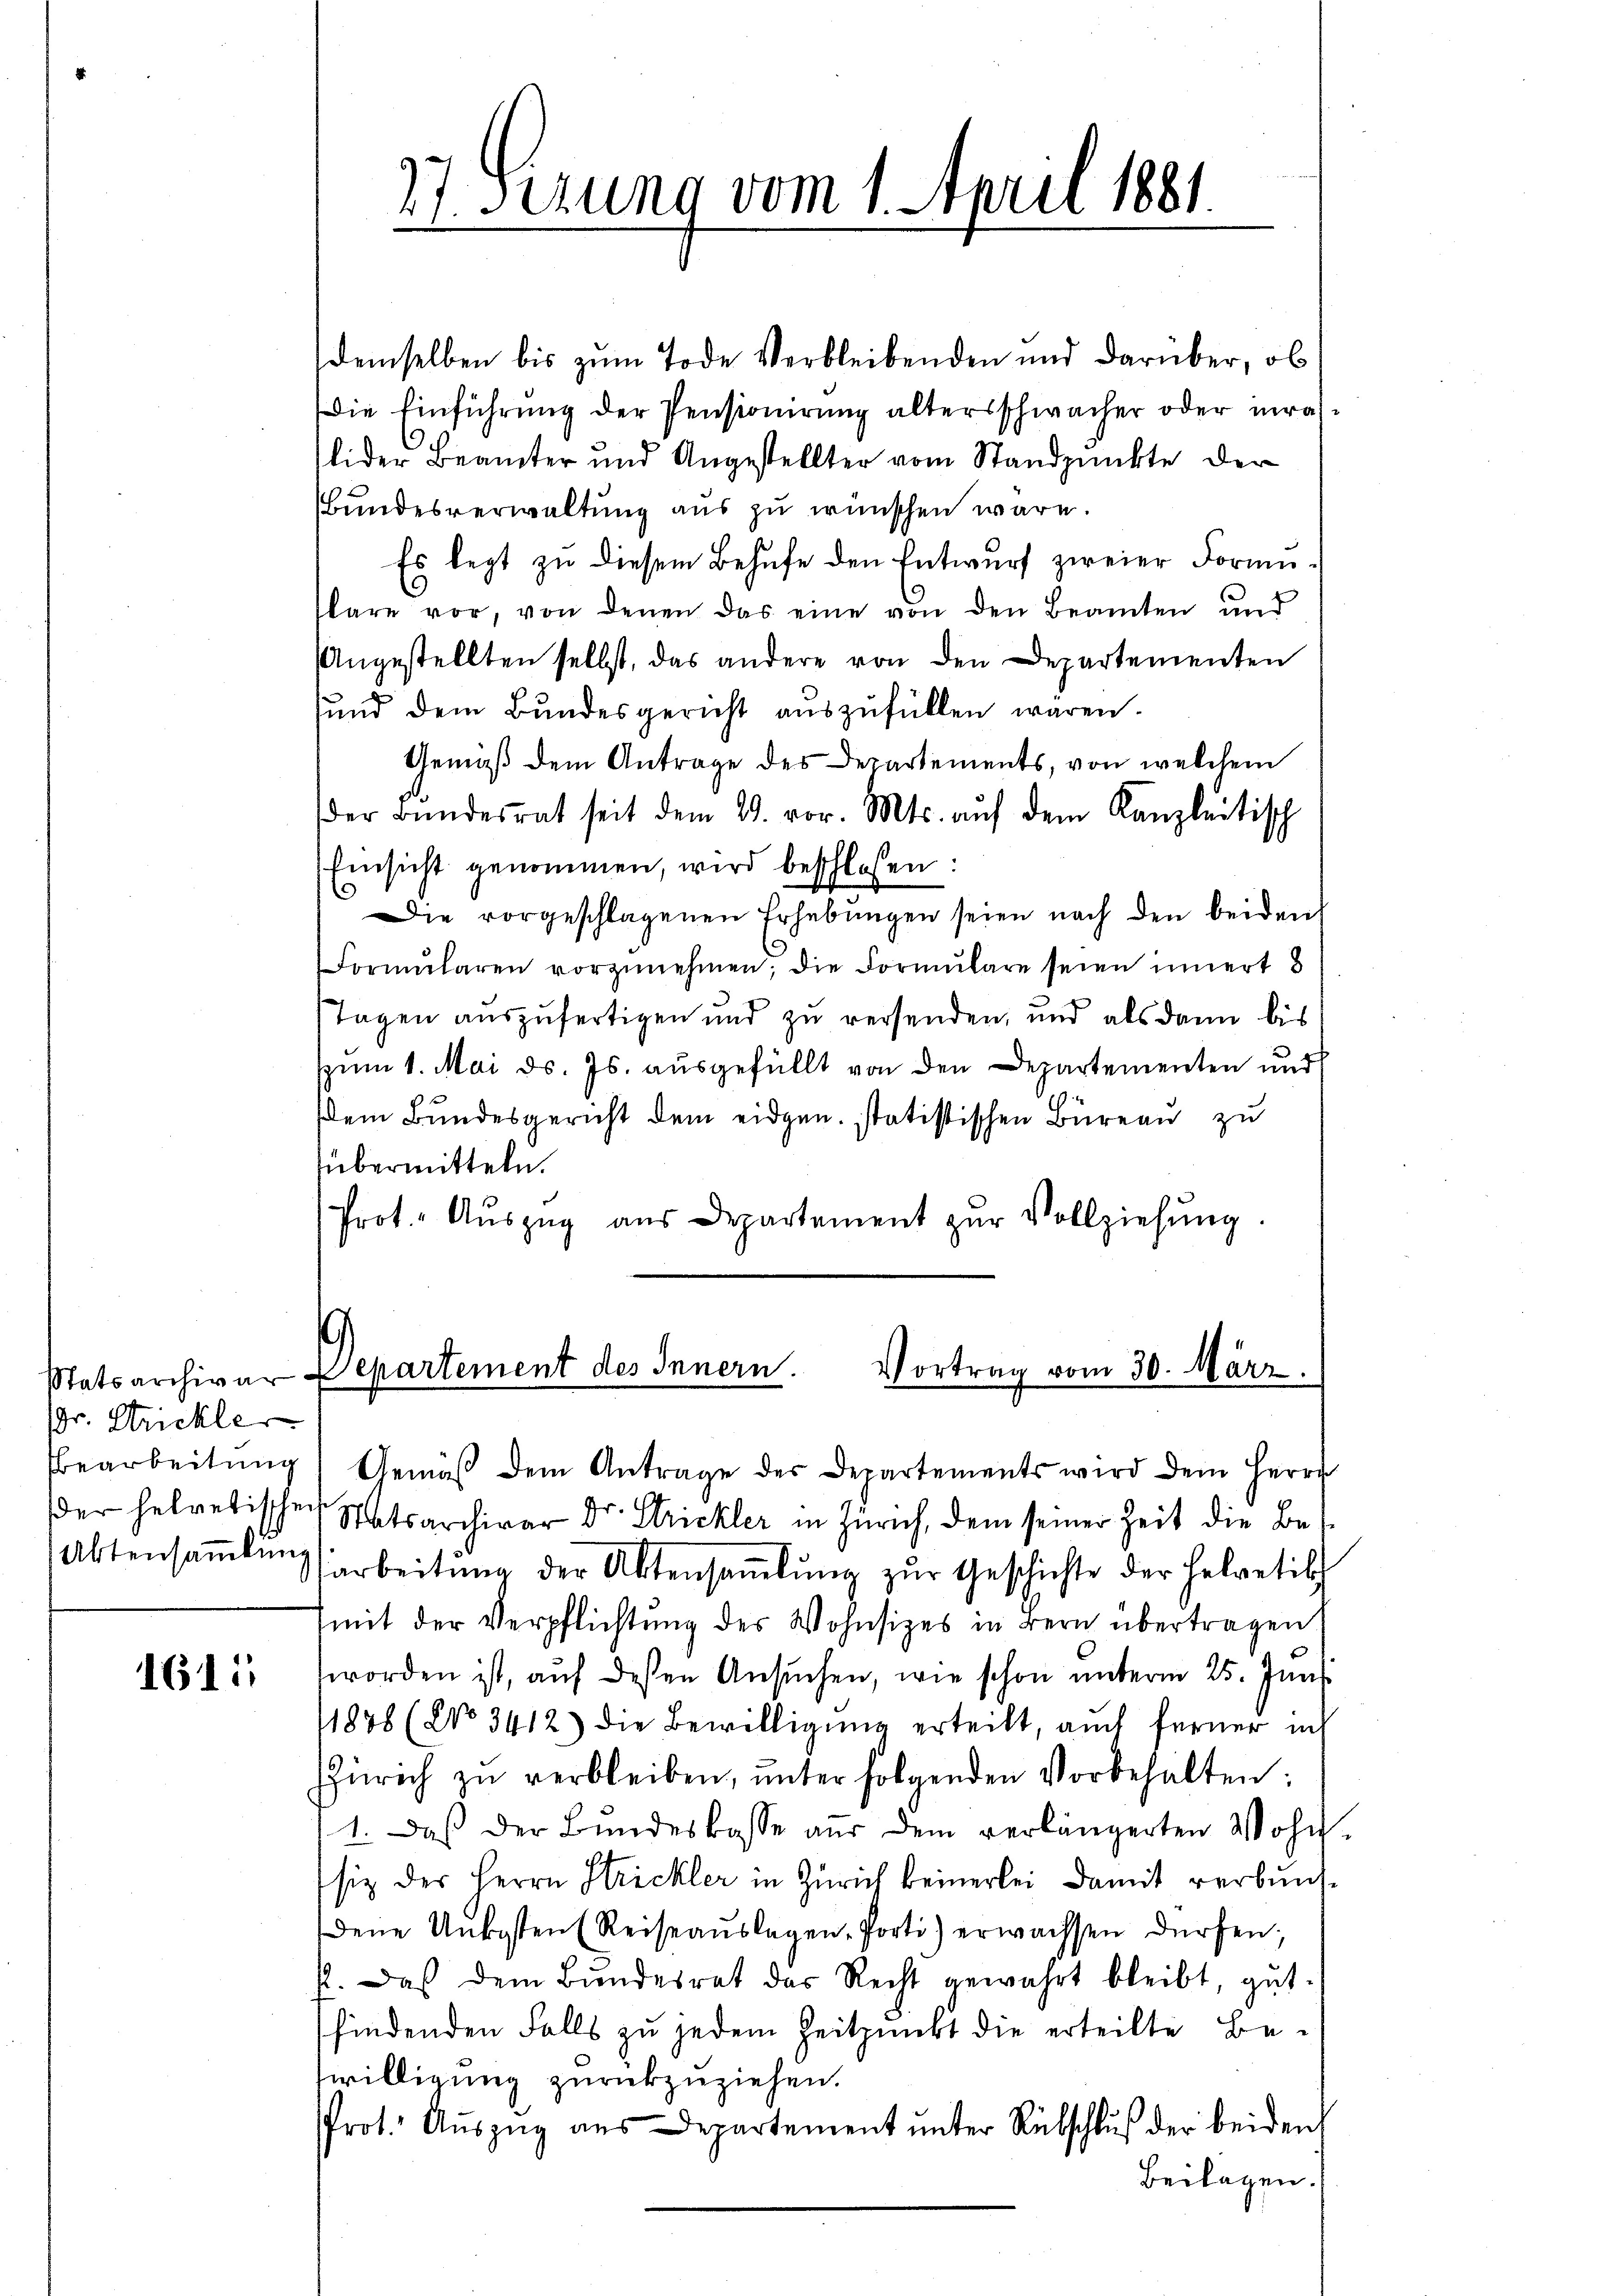
(Dr. Strickler
der helvetischen
Aktensammlung

1611

27 Sirung vom 1. April 1881.

demselben bis zum Tode verbleibenden und darüber, ob
die Einführŭng der Pensionirung altersschwacher oder inralider Beamter und Angestellter vom Standpunkte der
Bundesverwaltung aus zu wünschen wäre.
Es legt zu diesem Behufe den Entwurf zweier Formusbare vor, von denen das eine von den Beamten und
Angestellten selbst, das andere von den Departementen
sund dem Bundesgericht auszufüllen waren.
Gemäß dem Antrage des Departements, von welchem
der Bundesrat seit dem 21. vor. Mts. aŭf dem Kanzleitisch
Einsicht genommen, wird beschlossen:
Die vorgeschlagenen Erhebŭngen seien nach den beiden
Formŭlaren vorzŭnehmen; die Formŭlare seien innert 8
Tagen auszufertigen und zu versenden, und als dann bis
spum 1. Mai d. Js. ausgefüllt von den Departementen und
dem Bundesgericht dem eidgen. statistischen Büreau zu
übermitteln.
Prot. Aŭszŭg aŭs Departement zŭr Vollziehŭng.
1
Statsarchivar Departement des Innern. Vortrag vom 30. März.
bearbeitŭng, Gemäβ dem Antrage des Departements wird dem Herrn
Satsarchivar Dr. Strickler in Zürich, dem seiner Zeit die Bearbeitŭng der Aktensaṁlŭng zŭr Geschichte der Helvetik
mit der Verpflichtung des Wohnsizes in Bern übertragen
worden ist, auf dessen Ansŭchen, wie schon unterm 25. Juni
1878 (No 3412) die Bewilligŭng erteilt, auch ferner ich
ZZürich zŭ verbleiben, ŭnter folgenden Vorbehalten:
1. Daß der Bundeskasse aus dem verlängerten Wohn
siz der Herrn Strickler in Zürich keinerlei damit verbunfdene Unkosten (Reiseaŭslagen, Porti) erwachsen dürfen.
p. Das dem Bŭndesrat das Recht gewahrt bleibt, gŭt-
sfindenden Falls zu jedem Zeitpunkt die erteilte Be-
willigung zurückzuziehen.
Prot. Auszug aus Departement unter Rübschluß der beiden
Beilagen.